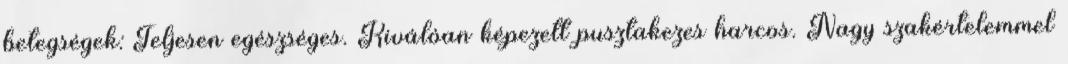
betegségek: Teljesen egészséges. Kiválóan képezett pusztakezes harcos. Nagy szakértelemmel